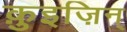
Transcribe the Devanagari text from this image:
क़ुइज़िन्